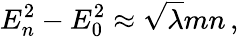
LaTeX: E_{n}^{2}-E_{0}^{2}\approx\sqrt{\lambda}mn\, ,